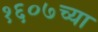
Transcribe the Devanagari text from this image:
१६०७च्या